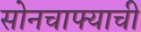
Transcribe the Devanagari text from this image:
सोनचाफ्याची